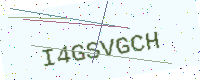
Text: I4GSVGCH